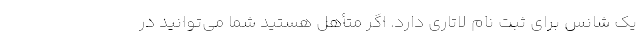
یک شانس برای ثبت نام لاتاری دارد. اگر متأهل هستید شما می‌توانید در